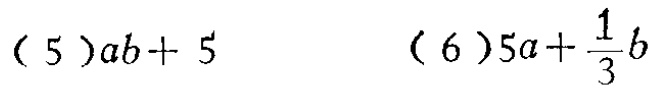
(5) \(ab + 5\)

(6) \(5a+\frac{1}{3}b\)